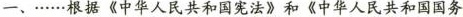
一、…根据《中华人民共和国宪法》和《中华人民共和国国务